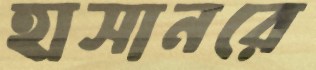
হাসানরে